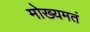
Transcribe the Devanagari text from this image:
मोख्यमतं